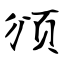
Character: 颁